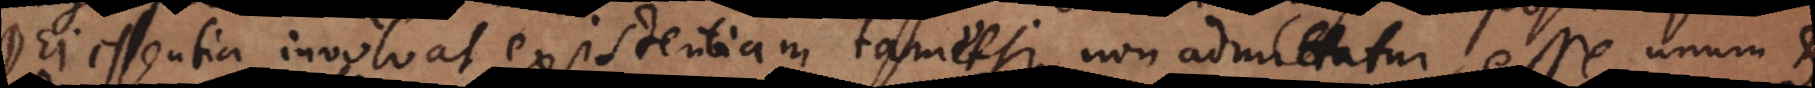
Dei essentia involvat existentiam, tametsi non admittatur, esse unum